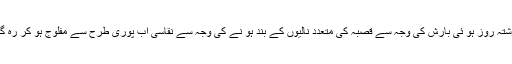
گزشتہ روز ہو ئی بارش کی وجہ سے قصبہ کی متعدد نالیوں کے بند ہو نے کی وجہ سے نقاسی آب پوری طرح سے مفلوج ہو کر رہ گیا ۔